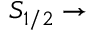
S _ { 1 / 2 } \rightarrow